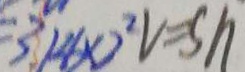
3 . 1 4 \times 2 ^ { 2 } v = S h